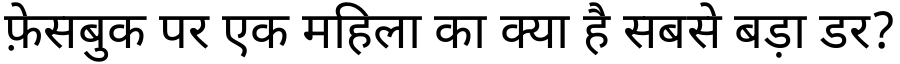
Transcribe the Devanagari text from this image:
फ़ेसबुक पर एक महिला का क्या है सबसे बड़ा डर?